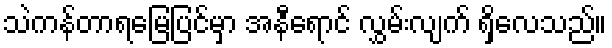
သဲကန်တာရမြေပြင်မှာ အနီရောင် လွှမ်းလျက် ရှိလေသည်။